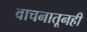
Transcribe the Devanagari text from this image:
वाचनातूनही